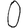
Digit: 0